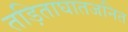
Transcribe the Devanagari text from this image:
तड़िताघातजनित